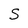
Character: S